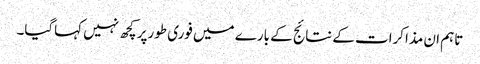
تاہم ان مذاکرات کے نتائج کے بارے میں فوری طورپر کچھ نہیں کہاگیا۔